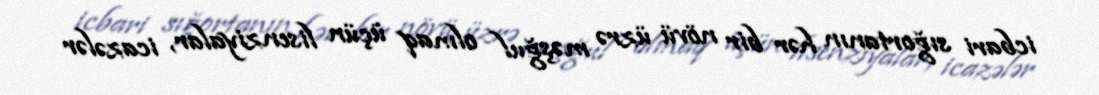
icbari sığortanın hər bir növü üzrə məşğul olmaq üçün lisenziyalar, icazələr